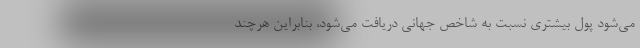
می‌شود پول بیشتری نسبت به شاخص جهانی دریافت می‌شود، بنابراین هرچند